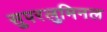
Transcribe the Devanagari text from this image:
सुपरलुमिनल